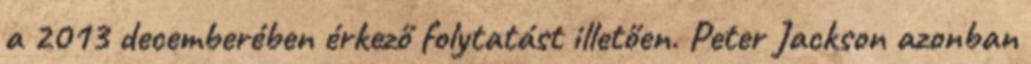
a 2013 decemberében érkező folytatást illetően. Peter Jackson azonban